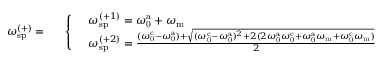
\omega _ { \mathrm { s p } } ^ { ( + ) } = \begin{array} { r l } & { \left\{ \begin{array} { l l } & { \omega _ { \mathrm { s p } } ^ { ( + 1 ) } = \omega _ { \mathrm { 0 } } ^ { \mathrm { a } } + \omega _ { \mathrm { m } } } \\ & { \omega _ { \mathrm { s p } } ^ { ( + 2 ) } = \frac { ( \omega _ { \mathrm { 0 } } ^ { \mathrm { c } } - \omega _ { \mathrm { 0 } } ^ { \mathrm { a } } ) + \sqrt { ( \omega _ { \mathrm { 0 } } ^ { \mathrm { c } } - \omega _ { \mathrm { 0 } } ^ { \mathrm { a } } ) ^ { 2 } + 2 ( 2 \omega _ { \mathrm { 0 } } ^ { \mathrm { a } } \omega _ { \mathrm { 0 } } ^ { \mathrm { c } } + \omega _ { \mathrm { 0 } } ^ { \mathrm { a } } \omega _ { \mathrm { m } } + \omega _ { \mathrm { 0 } } ^ { \mathrm { c } } \omega _ { \mathrm { m } } ) } } { 2 } } \end{array} \right. } \end{array}